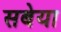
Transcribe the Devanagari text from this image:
सबेया